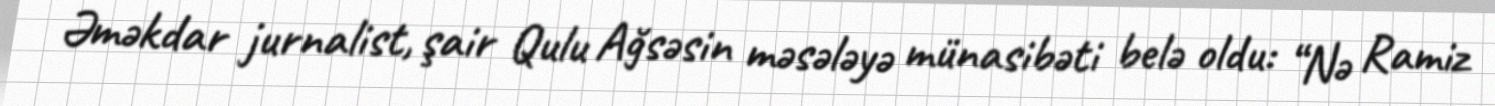
Əməkdar jurnalist, şair Qulu Ağsəsin məsələyə münasibəti belə oldu: “Nə Ramiz